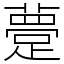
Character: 䠢